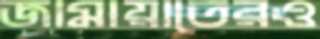
জামায়াতেরও